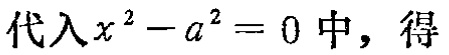
代入\(x^{2}-a^{2}=0\)中，得